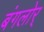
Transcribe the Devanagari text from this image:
बंगलोर्